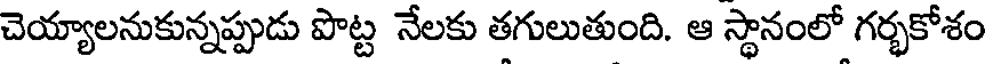
చెయ్యాలనుకున్నప్పుడు పొట్ట నేలకు తగులుతుంది. ఆ స్థానంలో గర్భకోశం